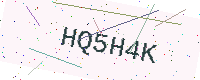
Text: HQ5H4K